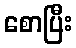
စောပြီး